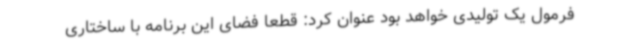
فرمول یک تولیدی خواهد بود عنوان کرد: قطعا فضای این برنامه با ساختاری